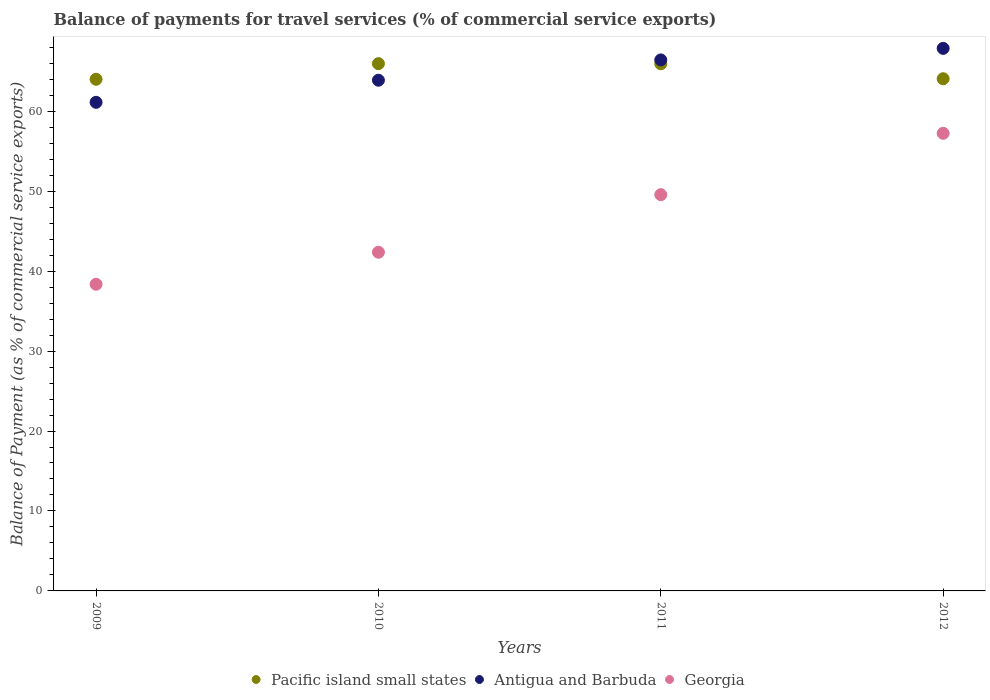
| Years | Pacific island small states | Antigua and Barbuda | Georgia |
 | --- | --- | --- | --- |
 | 2009 | 64 | 61.1 | 38.4 |
 | 2010 | 65.9 | 63.9 | 42.4 |
 | 2011 | 65.9 | 66.4 | 49.6 |
 | 2012 | 64.1 | 67.9 | 57.2 |